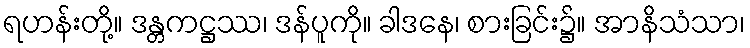
ရဟန်းတို့။ ဒန္တကဋ္ဌဿ၊ ဒန်ပူကို။ ခါဒနေ၊ စားခြင်း၌။ အာနိသံသာ၊